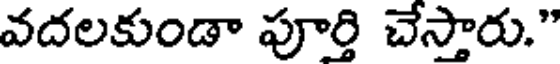
వదలకుండా పూర్తి చేస్తారు."